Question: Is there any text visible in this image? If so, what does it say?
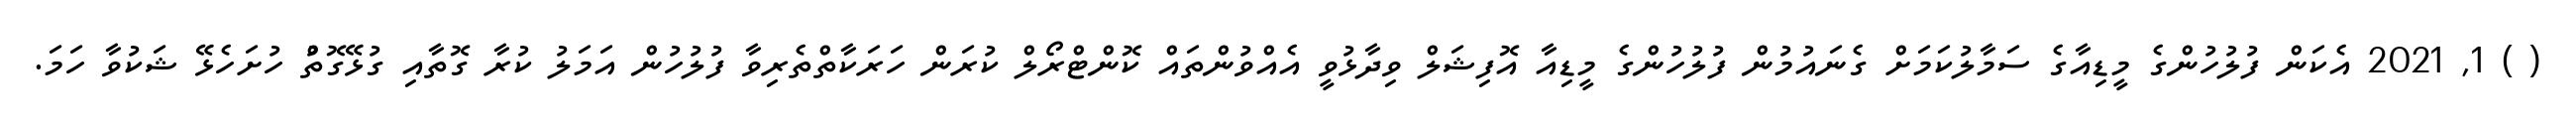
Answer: ( ) 1, 2021 އެކަން ފުލުހުންގެ މީޑިއާގެ ސަމާލުކަމަށް ގެނައުމުން ފުލުހުންގެ މީޑިއާ އޮފިޝަލް ވިދާޅުވީ އެއްވުންތައް ކޮންޓްރޯލް ކުރަން ހަރަކާތްތެރިވާ ފުލުހުން އަމަލު ކުރާ ގޮތާއި ގުޅޭގޮތުް ހުށަހެޅޭ ޝަކުވާ ހަމަ.